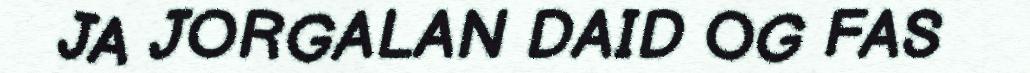
JA JORGALAN DAID OG FAS